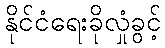
နိုင်ငံရေးခိုလှုံခွင့်